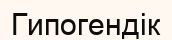
Гипогендік